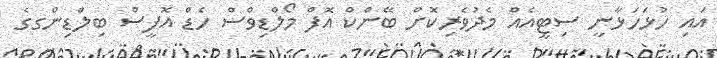
އައި ހުޅަހަޅާނީ ސިޓީއެއް މެދުވެރިކޮށް ބޭންކް އޮފް މޯލްޑިވްސް ހެޑް އޮފީސް ބިލްޑިންގގެ